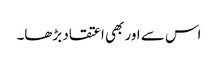
اس سے اور بھی اعتقاد بڑھا۔